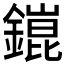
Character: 𨬌